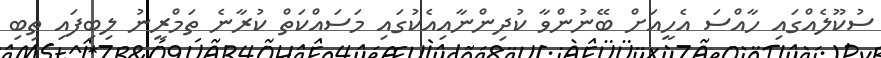
ސުކޫލެއްގައި ހާއްސަ އެހީއަށް ބޭނުންވާ ކުދިންނާއިއެކުގައި މަސައްކަތް ކުރާނެ ތަމްރީނު ލިބިފައި ތިބި